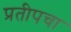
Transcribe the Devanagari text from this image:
प्रतीपचा